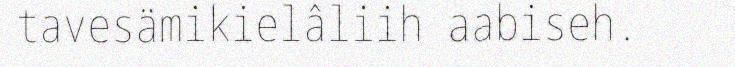
tavesämikielâliih aabiseh.